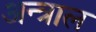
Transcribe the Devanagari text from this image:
अन्त्राल